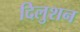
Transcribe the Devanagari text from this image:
दिलुशन